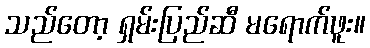
သည်တော့ ရှမ်းပြည်ဆီ မရောက်ဖူး။